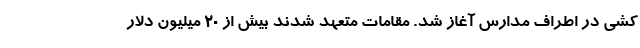
کشی در اطراف مدارس آغاز شد. مقامات متعهد شدند بیش از 20 میلیون دلار